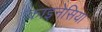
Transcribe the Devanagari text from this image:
काइनेसिया